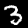
Digit: 3